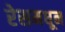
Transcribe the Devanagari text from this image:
रेसमधून